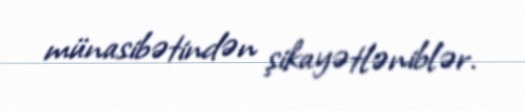
münasibətindən şikayətləniblər.